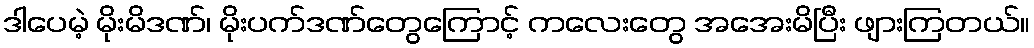
ဒါပေမဲ့ မိုးမိဒဏ်၊ မိုးပက်ဒဏ်တွေကြောင့် ကလေးတွေ အအေးမိပြီး ဖျားကြတယ်။